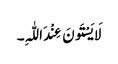
لَایَسْتَونَ عِنْدَ اللّٰہِ۔